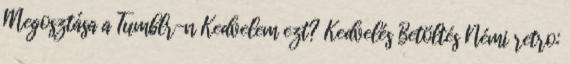
Megosztása a Tumblr-n Kedvelem ezt? Kedvelés Betöltés Némi retro: